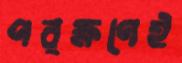
পরক্ষণেই